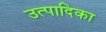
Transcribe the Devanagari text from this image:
उत्पादिका